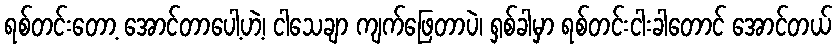
ရစ်တင်းတော့ အောင်တာပေါ့ဟဲ့၊ ငါသေချာ ကျက်ဖြေတာပဲ၊ ရှစ်ခါမှာ ရစ်တင်းငါးခါတောင် အောင်တယ်